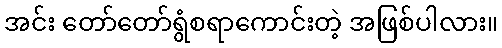
အင်း တော်တော်ရွံစရာကောင်းတဲ့ အဖြစ်ပါလား။